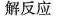
解反应